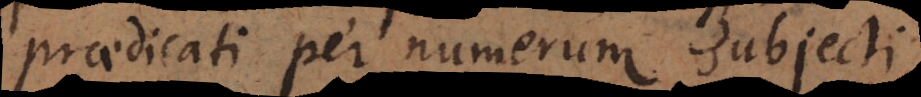
praedicati per numerum subjecti.